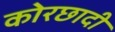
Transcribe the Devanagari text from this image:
कोरछादी